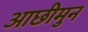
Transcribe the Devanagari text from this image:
आछीमुन